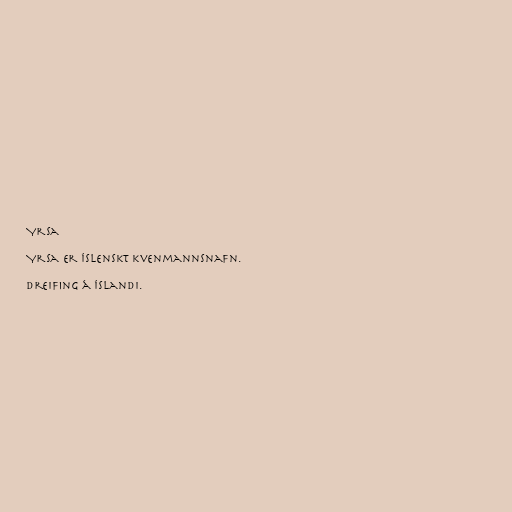
Yrsa

Yrsa er íslenskt kvenmannsnafn.

Dreifing á Íslandi.